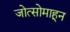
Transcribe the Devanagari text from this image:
जोत्सोमाहून